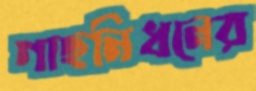
গাছনিধনের